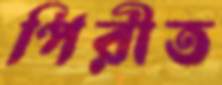
পিরীত